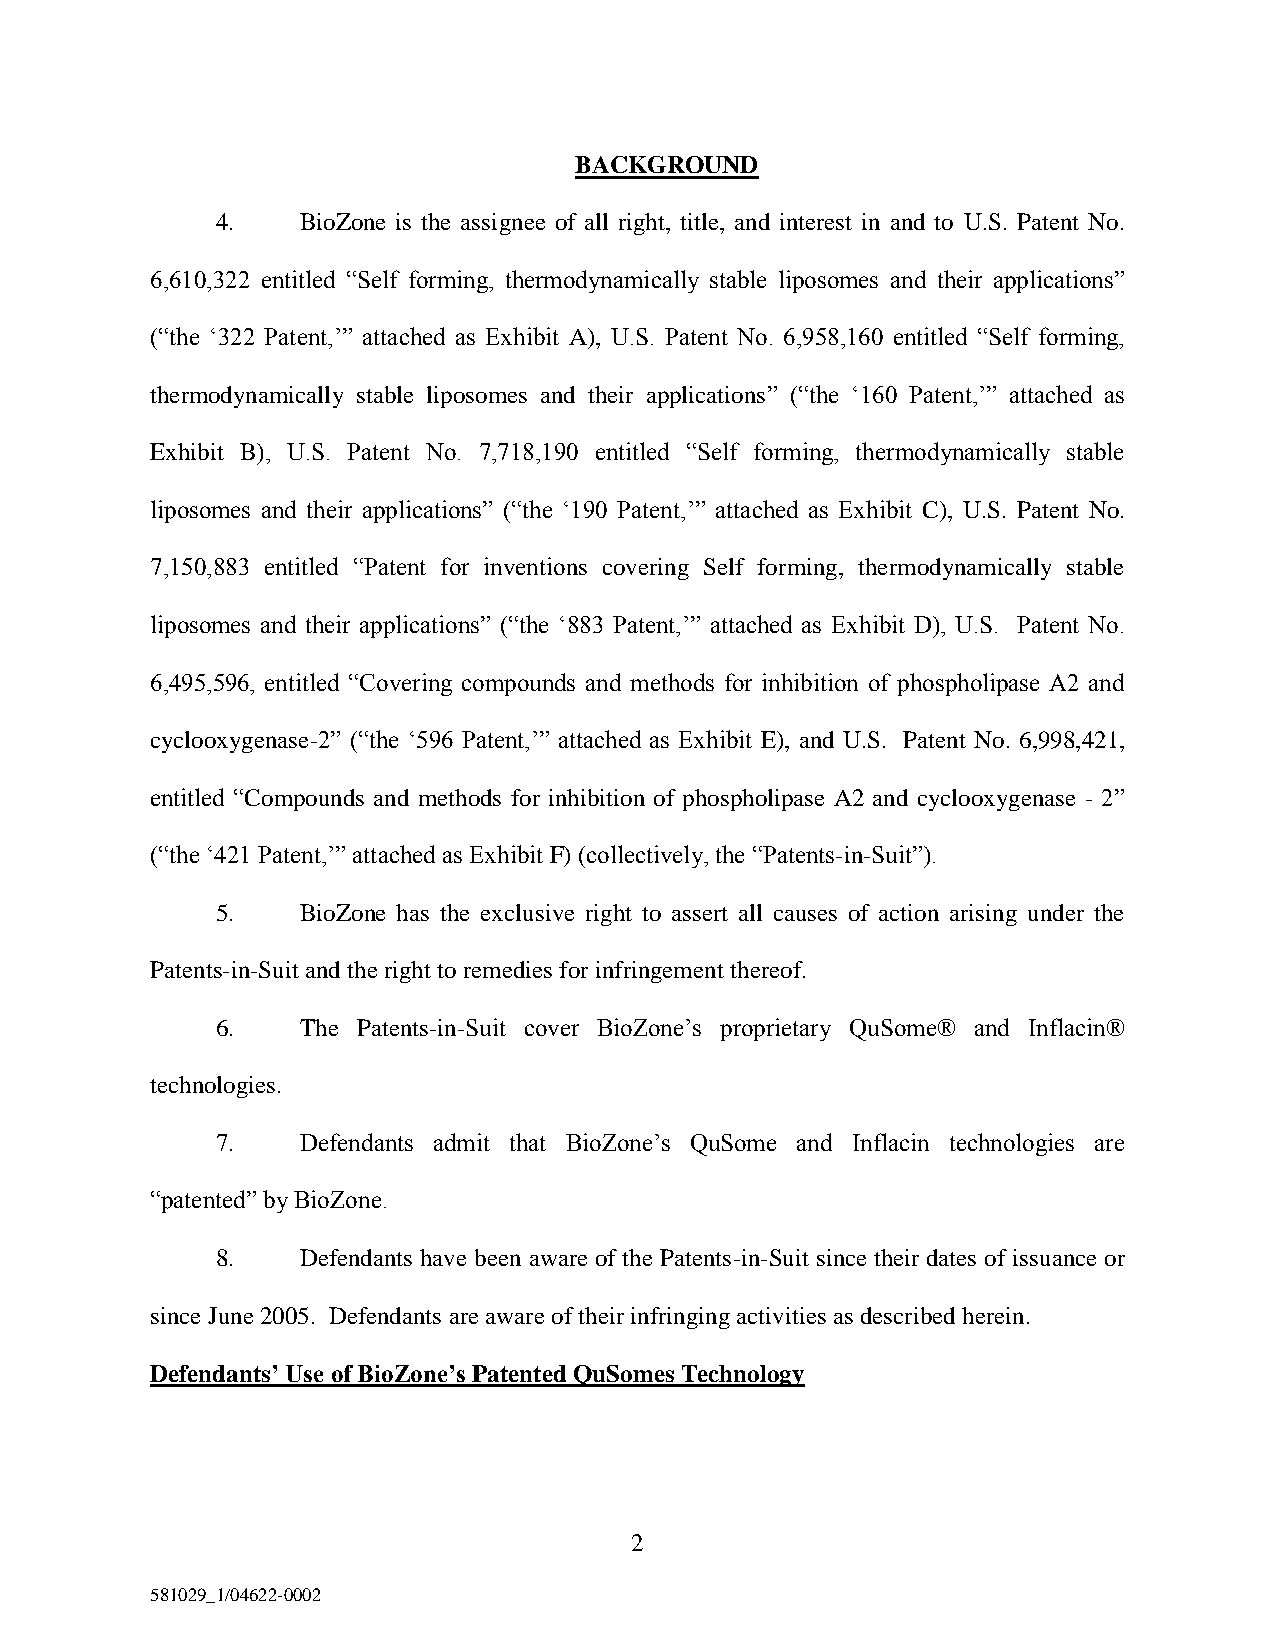
BACKGROUND
 4.    BioZone is the assignee of all right, title, and interest in and to U.S. Patent No.
 6,610,322 entitled “Self forming, thermodynamically stable liposomes and their applications”
 (“the ‘322 Patent,’” attached as Exhibit A), U.S. Patent No. 6,958,160 entitled “Self forming,
 thermodynamically stable liposomes and their applications” (“the ‘160 Patent,’” attached as
 Exhibit B), U.S. Patent No. 7,718,190 entitled “Self forming, thermodynamically stable
 liposomes and their applications” (“the ‘190 Patent,’” attached as Exhibit C), U.S. Patent No.
 7,150,883 entitled “Patent for inventions covering Self forming, thermodynamically stable
 liposomes and their applications” (“the ‘883 Patent,’” attached as Exhibit D), U.S. Patent No.
 6,495,596, entitled “Covering compounds and methods for inhibition of phospholipase A2 and
 cyclooxygenase-2” (“the ‘596 Patent,’” attached as Exhibit E), and U.S. Patent No. 6,998,421,
 entitled “Compounds and methods for inhibition of phospholipase A2 and cyclooxygenase - 2”
 (“the ‘421 Patent,’” attached as Exhibit F) (collectively, the “Patents-in-Suit”).
 5.    BioZone has the exclusive right to assert all causes of action arising under the
 Patents-in-Suit and the right to remedies for infringement thereof.
 6.    The Patents-in-Suit cover BioZone’s proprietary QuSome® and Inflacin®
 technologies.
 7.    Defendants admit that BioZone’s QuSome and Inflacin technologies are
 “patented” by BioZone.
 8.    Defendants have been aware of the Patents-in-Suit since their dates of issuance or
 since June 2005. Defendants are aware of their infringing activities as described herein.
 Defendants’ Use of BioZone’s Patented QuSomes Technology
 2
 581029_1/04622-0002